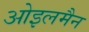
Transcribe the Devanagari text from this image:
ओइलमैन